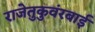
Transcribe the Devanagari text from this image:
राजेतुकुवंरबाई